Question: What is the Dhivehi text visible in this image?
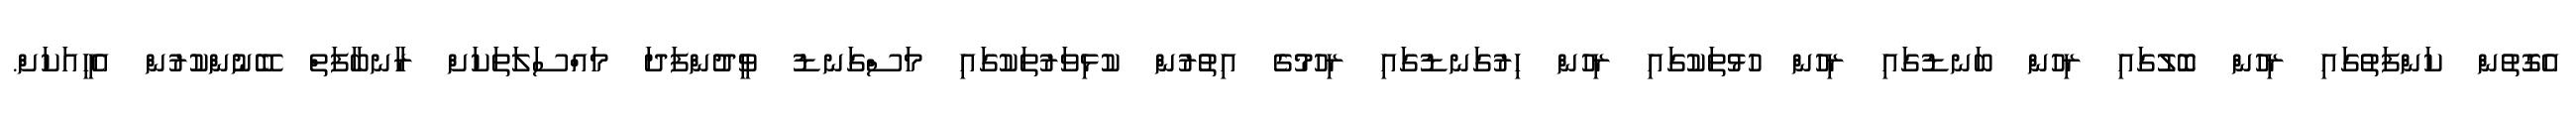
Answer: އެގޮތުން ކަންފަތުގައި ރިހުން ބޮލުގައި ރިހުން ބަނޑުގައި ރިހުން ހުޅުތަކުގައި ރިހުން ހިރުގަނޑުގައި ރިހުމުގެ އިތުރުން ކުޅިވަރުތަކުގައި މަސްގަނޑު ވީދުންފަދަ މައްސަލަތަކަށް ރާނބާފަތް ބޭނުންކުރުން އެހީއަކަށް.